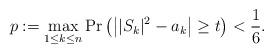
LaTeX: \begin{align*}p:=\max_{1\leq k\leq n}\Pr\big(\big||S_{k}|^{2}-a_{k}\big|\geq t\big)<\frac{1}{6}.\end{align*}